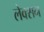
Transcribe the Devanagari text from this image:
लेक्सन